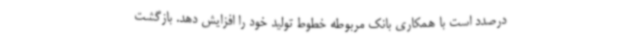
درصدد است با همکاری بانک مربوطه خطوط تولید خود را افزایش دهد. بازگشت